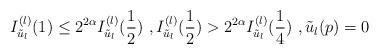
LaTeX: \begin{align*}I_{\tilde{u}_l}^{(l)}(1)\leq 2^{2\alpha} I_{\tilde{u}_l}^{(l)}(\frac{1}{2}) \ , I_{\tilde{u}_l}^{(l)}(\frac{1}{2})> 2^{2\alpha} I_{\tilde{u}_l}^{(l)}(\frac{1}{4})\ , \tilde{u}_l(p)= 0 \end{align*}